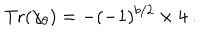
\mathrm { T r } ( \gamma _ { \theta } ) = - ( - 1 ) ^ { b / 2 } \times 4 ~ .